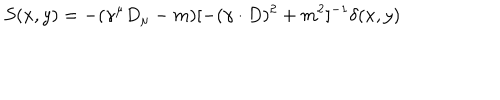
LaTeX: S ( x , y ) = - ( \gamma ^ { \mu } D _ { \mu } - m ) [ - ( \gamma \cdot D ) ^ { 2 } + m ^ { 2 } ] ^ { - 1 } \delta ( x , y )